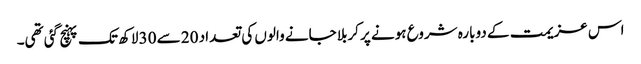
اس عزیمت کے دوبارہ شروع ہونے پر کربلا جانے والوں کی تعداد 20 سے 30 لاکھ تک پہنچ گئی تھی۔